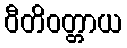
ဝီတိဝတ္တာယ